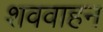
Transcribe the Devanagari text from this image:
शववाहन